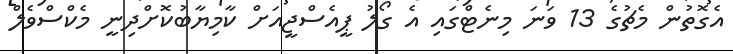
އެގޮތުން މެޗުގެ 13 ވަނަ މިނެޓްގައި އެ ގޯލު ޕީއެސްޖީއަށް ކާމިޔާބުކޮށްދިނީ މެކްސްވެލް